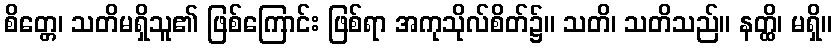
စိတ္တေ၊ သတိမရှိသူ၏ ဖြစ်ကြောင်း ဖြစ်ရာ အကုသိုလ်စိတ်၌။ သတိ၊ သတိသည်။ နတ္ထိ၊ မရှိ။